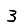
Digit: 3